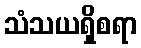
သံသယရှိစရာ